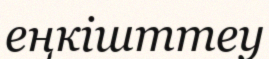
еңкішттеу